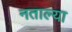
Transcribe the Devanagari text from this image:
नताल्या